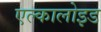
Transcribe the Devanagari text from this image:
एल्कालोइड